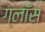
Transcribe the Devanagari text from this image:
ग्लाँस